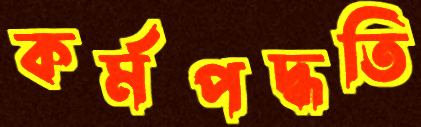
কর্মপদ্ধতি